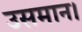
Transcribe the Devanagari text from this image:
उसमान।